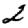
Digit: 2